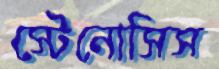
স্টেনোসিস